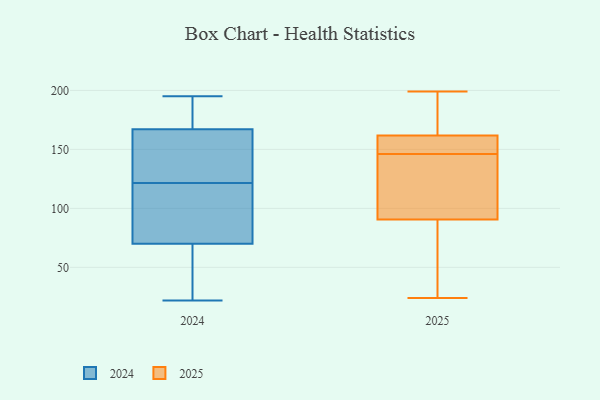
{"axis": {"x": "Latency (ms)", "y": "Value"}, "legend": ["2024", "2025"], "data": [{"x": "", "y": 22, "type": "2024"}, {"x": "", "y": 168, "type": "2024"}, {"x": "", "y": 81, "type": "2024"}, {"x": "", "y": 116, "type": "2024"}, {"x": "", "y": 87, "type": "2024"}, {"x": "", "y": 195, "type": "2024"}, {"x": "", "y": 167, "type": "2024"}, {"x": "", "y": 127, "type": "2024"}, {"x": "", "y": 185, "type": "2024"}, {"x": "", "y": 70, "type": "2024"}, {"x": "", "y": 56, "type": "2024"}, {"x": "", "y": 130, "type": "2024"}, {"x": "", "y": 159, "type": "2024"}, {"x": "", "y": 52, "type": "2024"}, {"x": "", "y": 162, "type": "2025"}, {"x": "", "y": 95, "type": "2025"}, {"x": "", "y": 120, "type": "2025"}, {"x": "", "y": 135, "type": "2025"}, {"x": "", "y": 161, "type": "2025"}, {"x": "", "y": 157, "type": "2025"}, {"x": "", "y": 146, "type": "2025"}, {"x": "", "y": 24, "type": "2025"}, {"x": "", "y": 89, "type": "2025"}, {"x": "", "y": 67, "type": "2025"}, {"x": "", "y": 41, "type": "2025"}, {"x": "", "y": 196, "type": "2025"}, {"x": "", "y": 199, "type": "2025"}, {"x": "", "y": 129, "type": "2025"}, {"x": "", "y": 159, "type": "2025"}, {"x": "", "y": 173, "type": "2025"}, {"x": "", "y": 159, "type": "2025"}, {"x": "", "y": 48, "type": "2025"}, {"x": "", "y": 176, "type": "2025"}]}